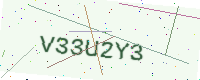
Text: V33U2Y3